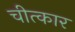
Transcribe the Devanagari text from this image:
चीत्‍कार